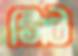
সিট